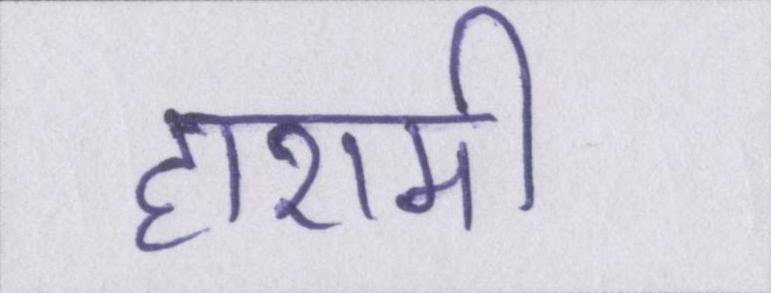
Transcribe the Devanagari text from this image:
हाशमी